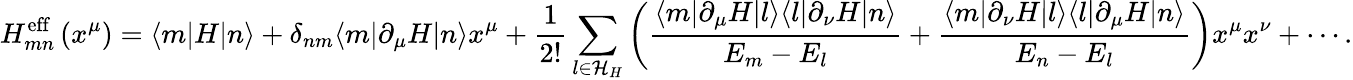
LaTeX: H_{mn}^{\mathrm{eff}}\left(x^{\mu}\right)=\langle m|H|n\rangle+\delta_{nm}\langle m|\partial_{\mu}H|n\rangle x^{\mu}+{\frac{1}{2!}}\sum_{l\in{\mathcal{H}}_{H}}\left({\frac{\langle m|\partial_{\mu}H|l\rangle\langle l|\partial_{\nu}H|n\rangle}{E_{m}-E_{l}}}+{\frac{\langle m|\partial_{\nu}H|l\rangle\langle l|\partial_{\mu}H|n\rangle}{E_{n}-E_{l}}}\right)x^{\mu}x^{\nu}+\cdots.